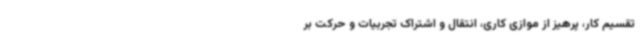
تقسیم کار، پرهیز از موازی کاری، انتقال و اشتراک تجربیات و حرکت بر